Annual report of the Imperial Bacteriologist
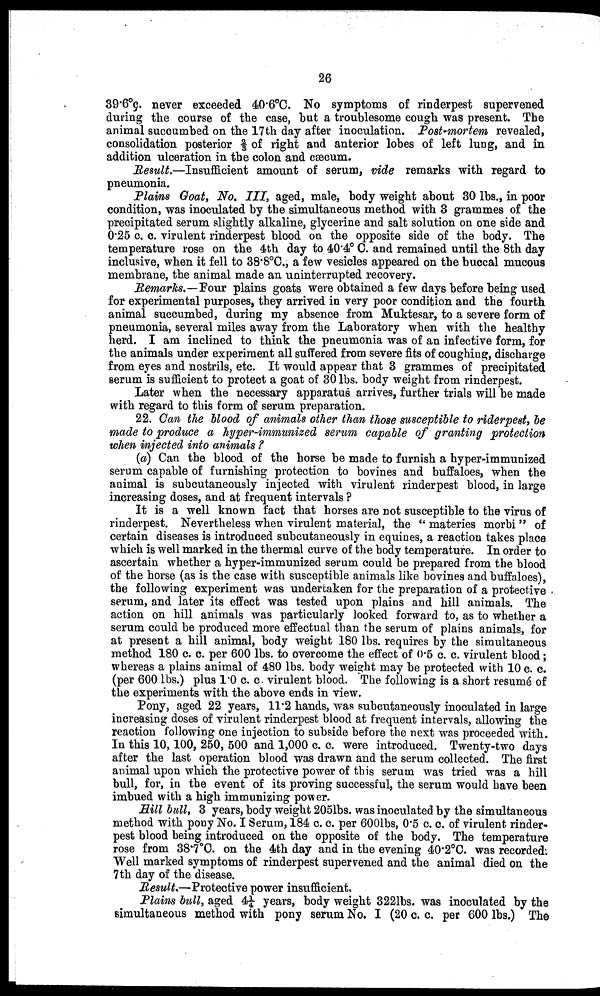
26
39.6°c. never exceeded 40.6°C. No symptoms of rinderpest supervened
during the course of the case, but a troublesome cough was present. The
animal succumbed on the 17th day after inoculation. Post-mortem revealed,
consolidation posterior ⅔ of right and anterior lobes of left lung, and in
addition ulceration in the colon and cæcum.
Result.—Insufficient amount of serum, vide remarks with regard to
pneumonia.
Plains Goat, No. III, aged, male, body weight about 30 lbs., in poor
condition, was inoculated by the simultaneous method with 3 grammes of the
precipitated serum slightly alkaline, glycerine and salt solution on one side and
0.25 c. c. virulent rinderpest blood on the opposite side of the body. The
temperature rose on the 4th day to 40.4° C. and remained until the 8th day
inclusive, when it fell to 38.8°C., a few vesicles appeared on the buccal mucous
membrane, the animal made an uninterrupted recovery.
Remarks.—Four plains goats were obtained a few days before being used
for experimental purposes, they arrived in very poor condition and the fourth
animal succumbed, during my absence from Muktesar, to a severe form of
pneumonia, several miles away from the Laboratory when with the healthy
herd. I am inclined to think the pneumonia was of an infective form, for
the animals under experiment all suffered from severe fits of coughing, discharge
from eyes and nostrils, etc. It would appear that 3 grammes of precipitated
serum is sufficient to protect a goat of 30 lbs. body weight from rinderpest.
Later when the necessary apparatus arrives, further trials will be made
with regard to this form of serum preparation.
22. Can the blood of animals other than those susceptible to riderpest, be
made to produce a hyper-immunized serum capable of granting protection
when injected into animals ?
(a) Can the blood of the horse be made to furnish a hyper-immunized
serum capable of furnishing protection to bovines and buffaloes, when the
animal is subcutaneously injected with virulent rinderpest blood, in large
increasing doses, and at frequent intervals ?
It is a well known fact that horses are not susceptible to the virus of
rinderpest. Nevertheless when virulent material, the " materies morbi " of
certain diseases is introduced subcutaneously in equines, a reaction takes place
which is well marked in the thermal curve of the body temperature. In order to
ascertain whether a hyper-immunized serum could be prepared from the blood
of the horse (as is the case with susceptible animals like bovines and buffaloes),
the following experiment was undertaken for the preparation of a protective
serum, and later its effect was tested upon plains and hill animals. The
action on hill animals was particularly looked forward to, as to whether a
serum could be produced more effectual than the serum of plains animals, for
at present a hill animal, body weight 180 lbs. requires by the simultaneous
method 180 c. c. per 600 lbs. to overcome the effect of 0.5 c. c. virulent blood ;
whereas a plains animal of 480 lbs. body weight may be protected with 10 c. c.
(per 600 lbs.) plus 1.0 c. c. virulent blood. The following is a short resumé of
the experiments with the above ends in view.
Pony, aged 22 years, 11.2 hands, was subcutaneously inoculated in large
increasing doses of virulent rinderpest blood at frequent intervals, allowing the
reaction following one injection to subside before the next was proceeded with.
In this 10, 100, 250, 500 and 1,000 c. c. were introduced. Twenty-two days
after the last operation blood was drawn and the serum collected. The first
animal upon which the protective power of this serum was tried was a hill
bull, for, in the event of its proving successful, the serum would have been
imbued with a high immunizing power.
Hill bull, 3 years, body weight 2051bs. was inoculated by the simultaneous
method with pony No. I Serum, 184 c. c. per 600lbs, 0.5 c. c. of virulent rinder
pest blood being introduced on the opposite of the body. The temperature
rose from 38.7°C. on the 4th day and in the evening 40.2°C. was recorded:
Well marked symptoms of rinderpest supervened and the animal died on the
7th day of the disease.
Result.—Protective power insufficient.
Plains bull, aged 4¼ years, body weight 322lbs. was inoculated by the
simultaneous method with pony serum No. I (20 c. c. per 600 lbs.) The